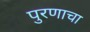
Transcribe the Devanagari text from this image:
पुरणाचा